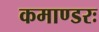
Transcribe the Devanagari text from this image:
कमाण्डरः